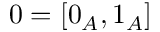
0 = [ 0 _ { A } , 1 _ { A } ]